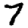
Digit: 7